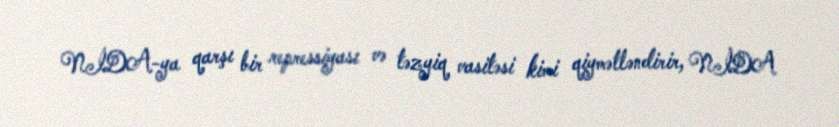
NİDA-ya qarşı bir repressiyası və təzyiq vasitəsi kimi qiymətləndirir, NİDA